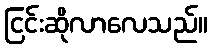
ငြင်းဆိုလာလေသည်။